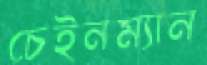
চেইনম্যান